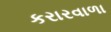
કરારવાળા